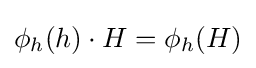
\phi _{h}(h)\cdot H=\phi _{h}(H)